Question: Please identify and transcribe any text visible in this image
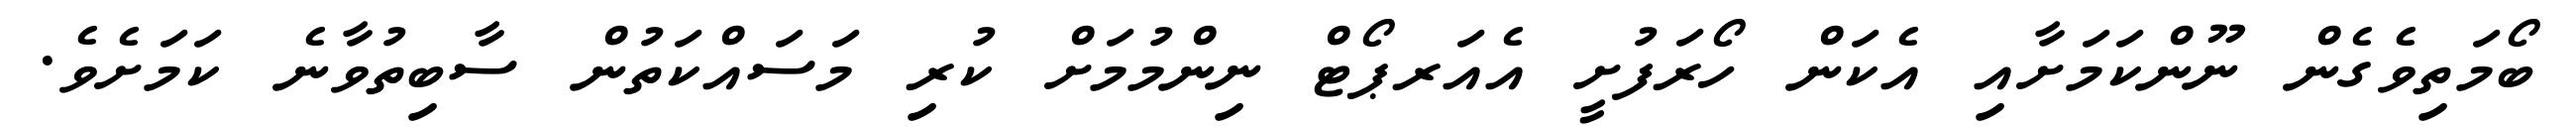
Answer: ބޯމަތިވެގެން ނޫންކަމަށާއި އެކަން ހޯރަފުށީ އެއަރޕޯޓް ނިންމުމަށް ކުރި މަސައްކަތުން ސާބިތުވާނެ ކަމަށެވެ.